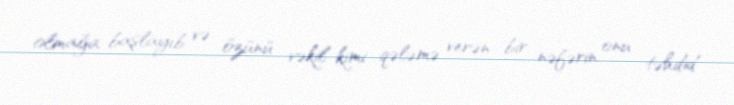
olmağa başlayıb və özünü vəkil kimi qələmə verən bir nəfərin onu təhdid